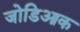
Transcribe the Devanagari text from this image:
जोडिआक